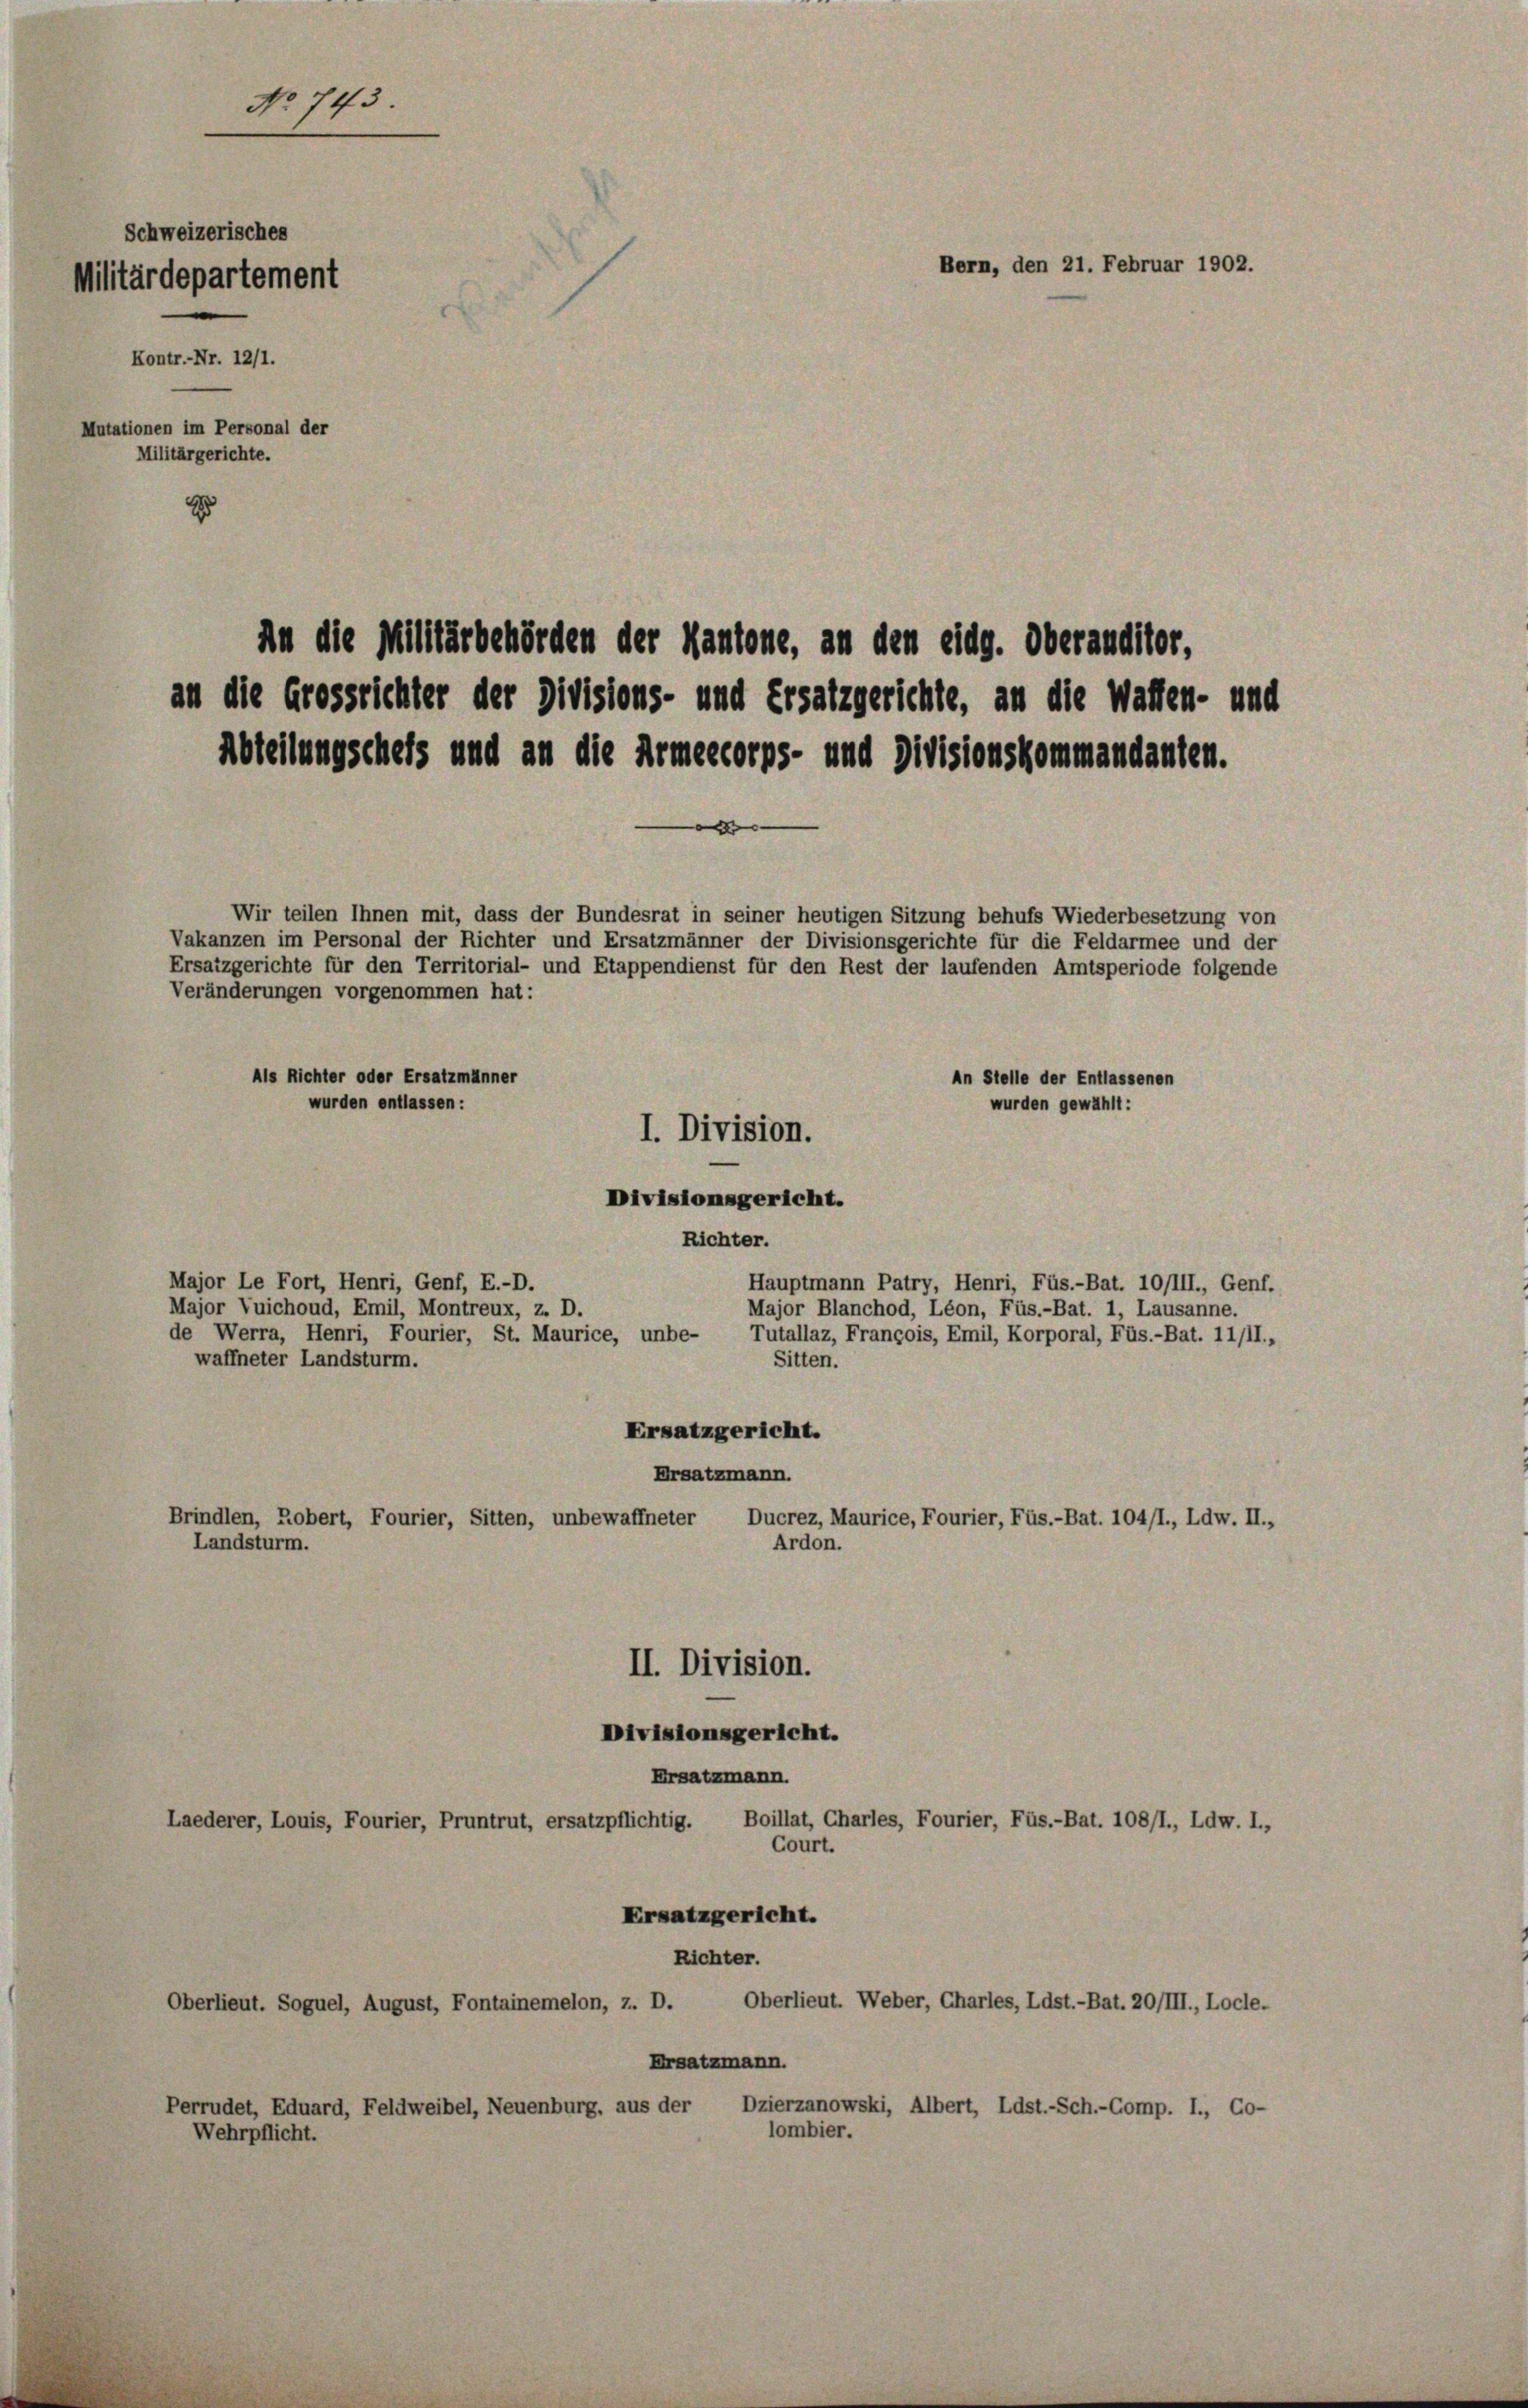
No 743
Schweizerisches
Bern, den 21. Februar 1902.
Militärdepartement
Kontr.-Nr. 12/1.
Mutationen im Personal der
Militärgerichte.
z

An die Militärbehörden der Kantone, an den eidg. Oberanditor,
an die Grossrichter der Divisions- und Ersatzgerichte, an die Waffen- und
Abteilungschels und an die Armeekorps- und Divisionskommandanten.

d
Wir teilen Ihnen mit, dass der Bundesrat in seiner heutigen Sitzung behufs Wiederbesetzung von
Vakanzen im Personal der Richter und Ersatzmänner der Divisionsgerichte für die Feldarmee und der
Ersatzgerichte für den Territorial- und Etappendienst für den Rest der laufenden Amtsperiode folgende
I. Division.

Veränderungen vorgenommen hat:
Als Richter oder Ersatzmänner
An Stelle der Entlassenen
wurden entlassen:
wurden gewählt:
Divisionsgericht.
Richter.
Major Le Fort, Henri, Genf, E.-D.
Hauptmann Patry, Henri, Füs.-Bat. 10/III., Genf.
Major Vuichoud, Emil, Montreux, z. D.
Major Blanchod, Léon, Füs.-Bat. 1, Lausanne.
de Werra, Henri, Fourier, St. Maurice, unbe-
Tutallaz, François, Emil, Korporal, Füs.-Bat. 11/II.,
waffneter Landsturm.
Sitten.
Ersatzgericht.
Ersatzmann.
Brindlen, Robert, Fourier, Sitten, unbewaffneter
Ducrez, Maurice, Fourier, Füs.-Bat. 104/I., Ldw. II.,
Ardon.
Landsturm.
II. Division.
Divisionsgericht.
Ersatzmann.
Laederer, Louis, Fourier, Pruntrut, ersatzpflichtig. Boillat, Charles, Fourier, Füs.-Bat. 108/I., Ldw. I.,
Court.
Ersatzgericht.
Richter.
Oberlieut. Soguel, August, Fontainemelon, z. D. Oberlieut. Weber, Charles, Ldst.-Bat. 20/III., Locle.
Ersatzmann.
Perrudet, Eduard, Feldweibel, Neuenburg, aus der Dzierzanowski, Albert, Ldst.-Sch.-Comp. I., Co-
lombier.
Wehrpflicht.